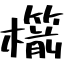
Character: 櫤